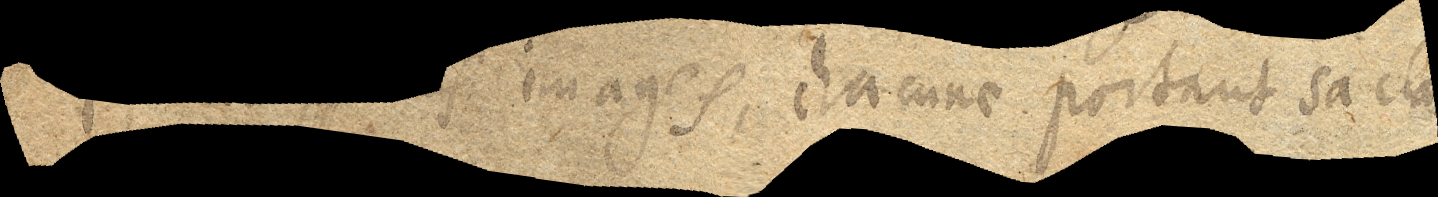
plication des images, chacune portant sa clarté